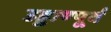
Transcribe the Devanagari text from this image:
उड्डाण्पूर्व